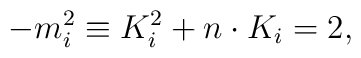
-m_{i}^{2}\equiv K_{i}^{2}+n\cdot K_{i}=2,